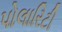
પોલારિટી